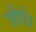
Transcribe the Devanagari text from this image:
जौधै